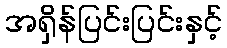
အရှိန်ပြင်းပြင်းနှင့်